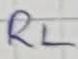
Text: RL